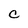
Character: C